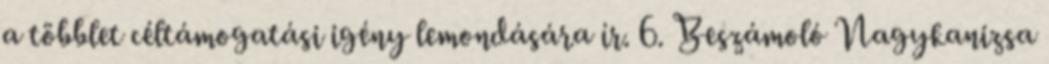
a többlet céltámogatási igény lemondására ír. 6. Beszámoló Nagykanizsa